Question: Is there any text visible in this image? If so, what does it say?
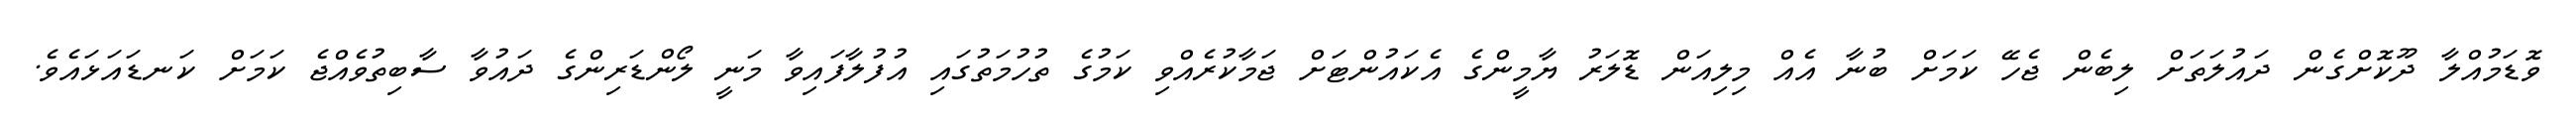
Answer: ވޮޑަމުއްލާ ދޫކޮށްގެން ދައުލަތަށް ލިބެން ޖެހޭ ކަމަށް ބުނާ އެއް މިލިއަން ޑޮލަރު ޔާމީންގެ އެކައުންޓަށް ޖަމާކުރެއްވި ކަމުގެ ތުހުމަތުގައި އުފުލާފައިވާ މަނީ ލޯންޑަރިންގެ ދައުވާ ސާބިތުވެއްޖެ ކަމަށް ކަނޑައަޅައެވެ.